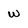
Character: w